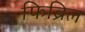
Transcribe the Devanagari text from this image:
फिब्रिल